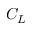
C _ { L }